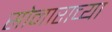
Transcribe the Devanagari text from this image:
सोनाराच्या